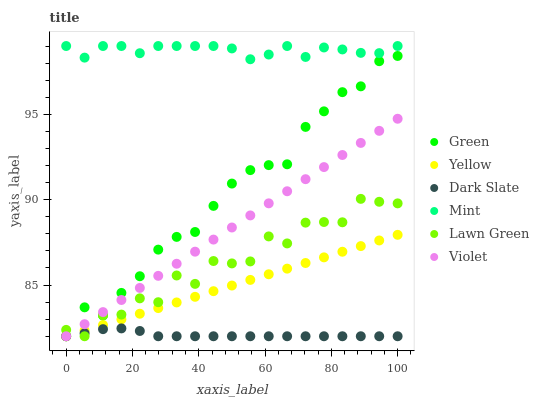
| xaxis_label | Green | Yellow | Dark Slate | Mint | Lawn Green | Violet |
 | --- | --- | --- | --- | --- | --- | --- |
 | 0 | 82 | 82 | 82 | 99 | 82.4 | 82 |
 | 5.56 | 83.7 | 82.3 | 82.2 | 98.3 | 82 | 82.7 |
 | 11.1 | 83.2 | 82.7 | 82.4 | 99 | 83.2 | 83.4 |
 | 16.7 | 84.5 | 83 | 82.5 | 99 | 83.3 | 84.1 |
 | 22.2 | 85.5 | 83.3 | 82.3 | 98.6 | 84.2 | 84.8 |
 | 27.8 | 87.1 | 83.7 | 82 | 99 | 84 | 85.5 |
 | 33.3 | 87.8 | 84 | 82 | 99 | 85.6 | 86.2 |
 | 38.9 | 88.1 | 84.3 | 82 | 99 | 85.1 | 87 |
 | 44.4 | 89.6 | 84.6 | 82 | 99 | 86.4 | 87.7 |
 | 50 | 90.9 | 85 | 82 | 98.9 | 86.3 | 88.4 |
 | 55.6 | 91.7 | 85.3 | 82 | 98.2 | 86.4 | 89.1 |
 | 61.1 | 92 | 85.6 | 82 | 98.5 | 87.8 | 89.8 |
 | 66.7 | 92.1 | 86 | 82 | 99 | 87.4 | 90.5 |
 | 72.2 | 94.3 | 86.3 | 82 | 98.4 | 88.7 | 91.2 |
 | 77.8 | 95.2 | 86.6 | 82 | 98.9 | 88.7 | 91.9 |
 | 83.3 | 96.3 | 87 | 82 | 98.8 | 88.7 | 92.6 |
 | 88.9 | 96.6 | 87.3 | 82 | 98.6 | 90 | 93.3 |
 | 94.4 | 98.1 | 87.6 | 82 | 98.6 | 89.9 | 94 |
 | 100 | 98.4 | 87.9 | 82 | 99 | 89.8 | 94.7 |